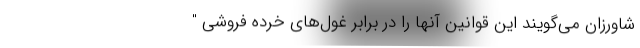
شاورزان می‌گویند این قوانین آنها را در برابر غول‌های خرده فروشی "